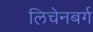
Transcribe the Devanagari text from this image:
लिचेनबर्ग